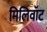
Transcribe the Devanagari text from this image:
मिलिवॉट